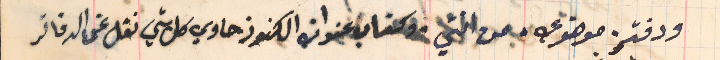
ودفتر موضوعي. من انتي. وكتاب عنوان الكنوز حاوي كل شي نقل عن الدفاتر